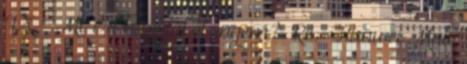
4X - Mi-ért hagytál el engem? Re: Huawei Mate